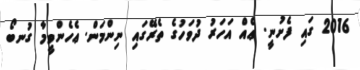
2016 ގައި ފެށުނީ. ޢެއް އަހަރު ދުވަހުގެ ތެރޭގައި ނިންމަން. ޢެހެންވީމާ ގުނބޯ